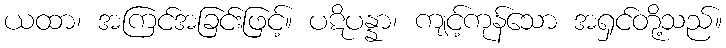
ယထာ၊ အကြင်အခြင်းဖြင့်။ ပဋိပန္နာ၊ ကျင့်ကုန်သော အရှင်တို့သည်။